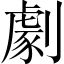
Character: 劇